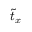
\tilde { t } _ { x }